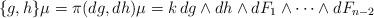
LaTeX: \begin{align*}\{g, h\}\mu=\pi(dg, dh)\mu=k\, dg\wedge dh\wedge dF_1\wedge\dots \wedge dF_{n-2}\end{align*}